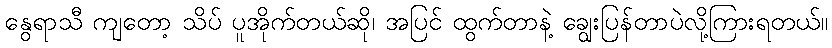
နွေရာသီ ကျတော့ သိပ် ပူအိုက်တယ်ဆို၊ အပြင် ထွက်တာနဲ့ ချွေးပြန်တာပဲလို့ကြားရတယ်။